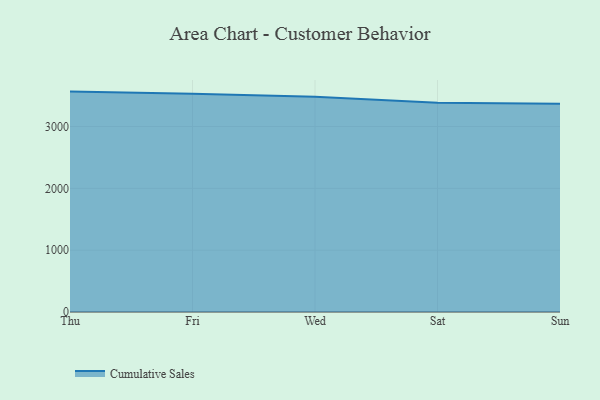
{"axis": {"x": "Day", "y": "Population (Million)"}, "legend": ["Cumulative Sales"], "data": [{"x": "Thu", "y": 3565.0, "type": "Cumulative Sales"}, {"x": "Fri", "y": 3530.9, "type": "Cumulative Sales"}, {"x": "Wed", "y": 3483.1, "type": "Cumulative Sales"}, {"x": "Sat", "y": 3384.3, "type": "Cumulative Sales"}, {"x": "Sun", "y": 3366.7, "type": "Cumulative Sales"}]}